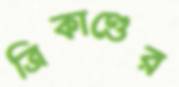
ত্রিকাণ্ডের